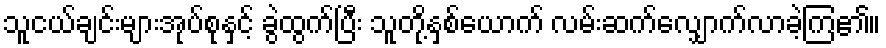
သူငယ်ချင်းများအုပ်စုနှင့် ခွဲထွက်ပြီး သူတို့နှစ်ယောက် လမ်းဆက်လျှောက်လာခဲ့ကြ၏။